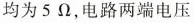
均为5Ω，电路两端电压